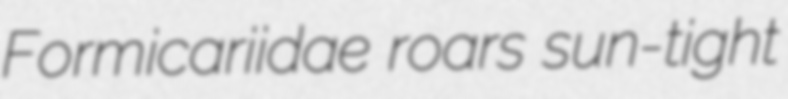
Formicariidae roars sun-tight